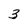
Character: 3